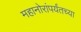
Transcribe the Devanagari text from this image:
महानोरांपर्यंतच्या